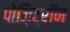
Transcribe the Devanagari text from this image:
पोज़िट्रॉन